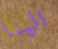
الينا